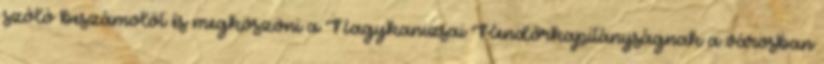
szóló beszámolót és megköszöni a Nagykanizsai Rendőrkapitányságnak a városban